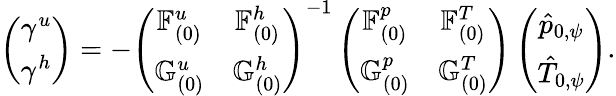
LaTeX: \left(\begin{array}{c}{\gamma^{u}}\\ {\gamma^{h}}\end{array}\right)=-\left(\begin{array}{cc}{\mathbb{F}_{(0)}^{u}}&{\mathbb{F}_{(0)}^{h}}\\ {\mathbb{G}_{(0)}^{u}}&{\mathbb{G}_{(0)}^{h}}\end{array}\right)^{-1}\left(\begin{array}{cc}{\mathbb{F}_{(0)}^{p}}&{\mathbb{F}_{(0)}^{T}}\\ {\mathbb{G}_{(0)}^{p}}&{\mathbb{G}_{(0)}^{T}}\end{array}\right)\left(\begin{array}{c}{\hat{p}_{0,\psi}}\\ {\hat{T}_{0,\psi}}\end{array}\right).